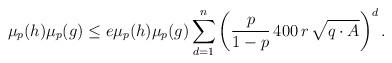
LaTeX: \begin{align*} \mu_{p}(h) \mu_{p}(g) \leq e \mu_{p}(h) \mu_{p}(g) \sum_{d=1}^n \left( \frac{p}{1-p} \, 400 \, r \, \sqrt{q \cdot A} \right)^d . \end{align*}